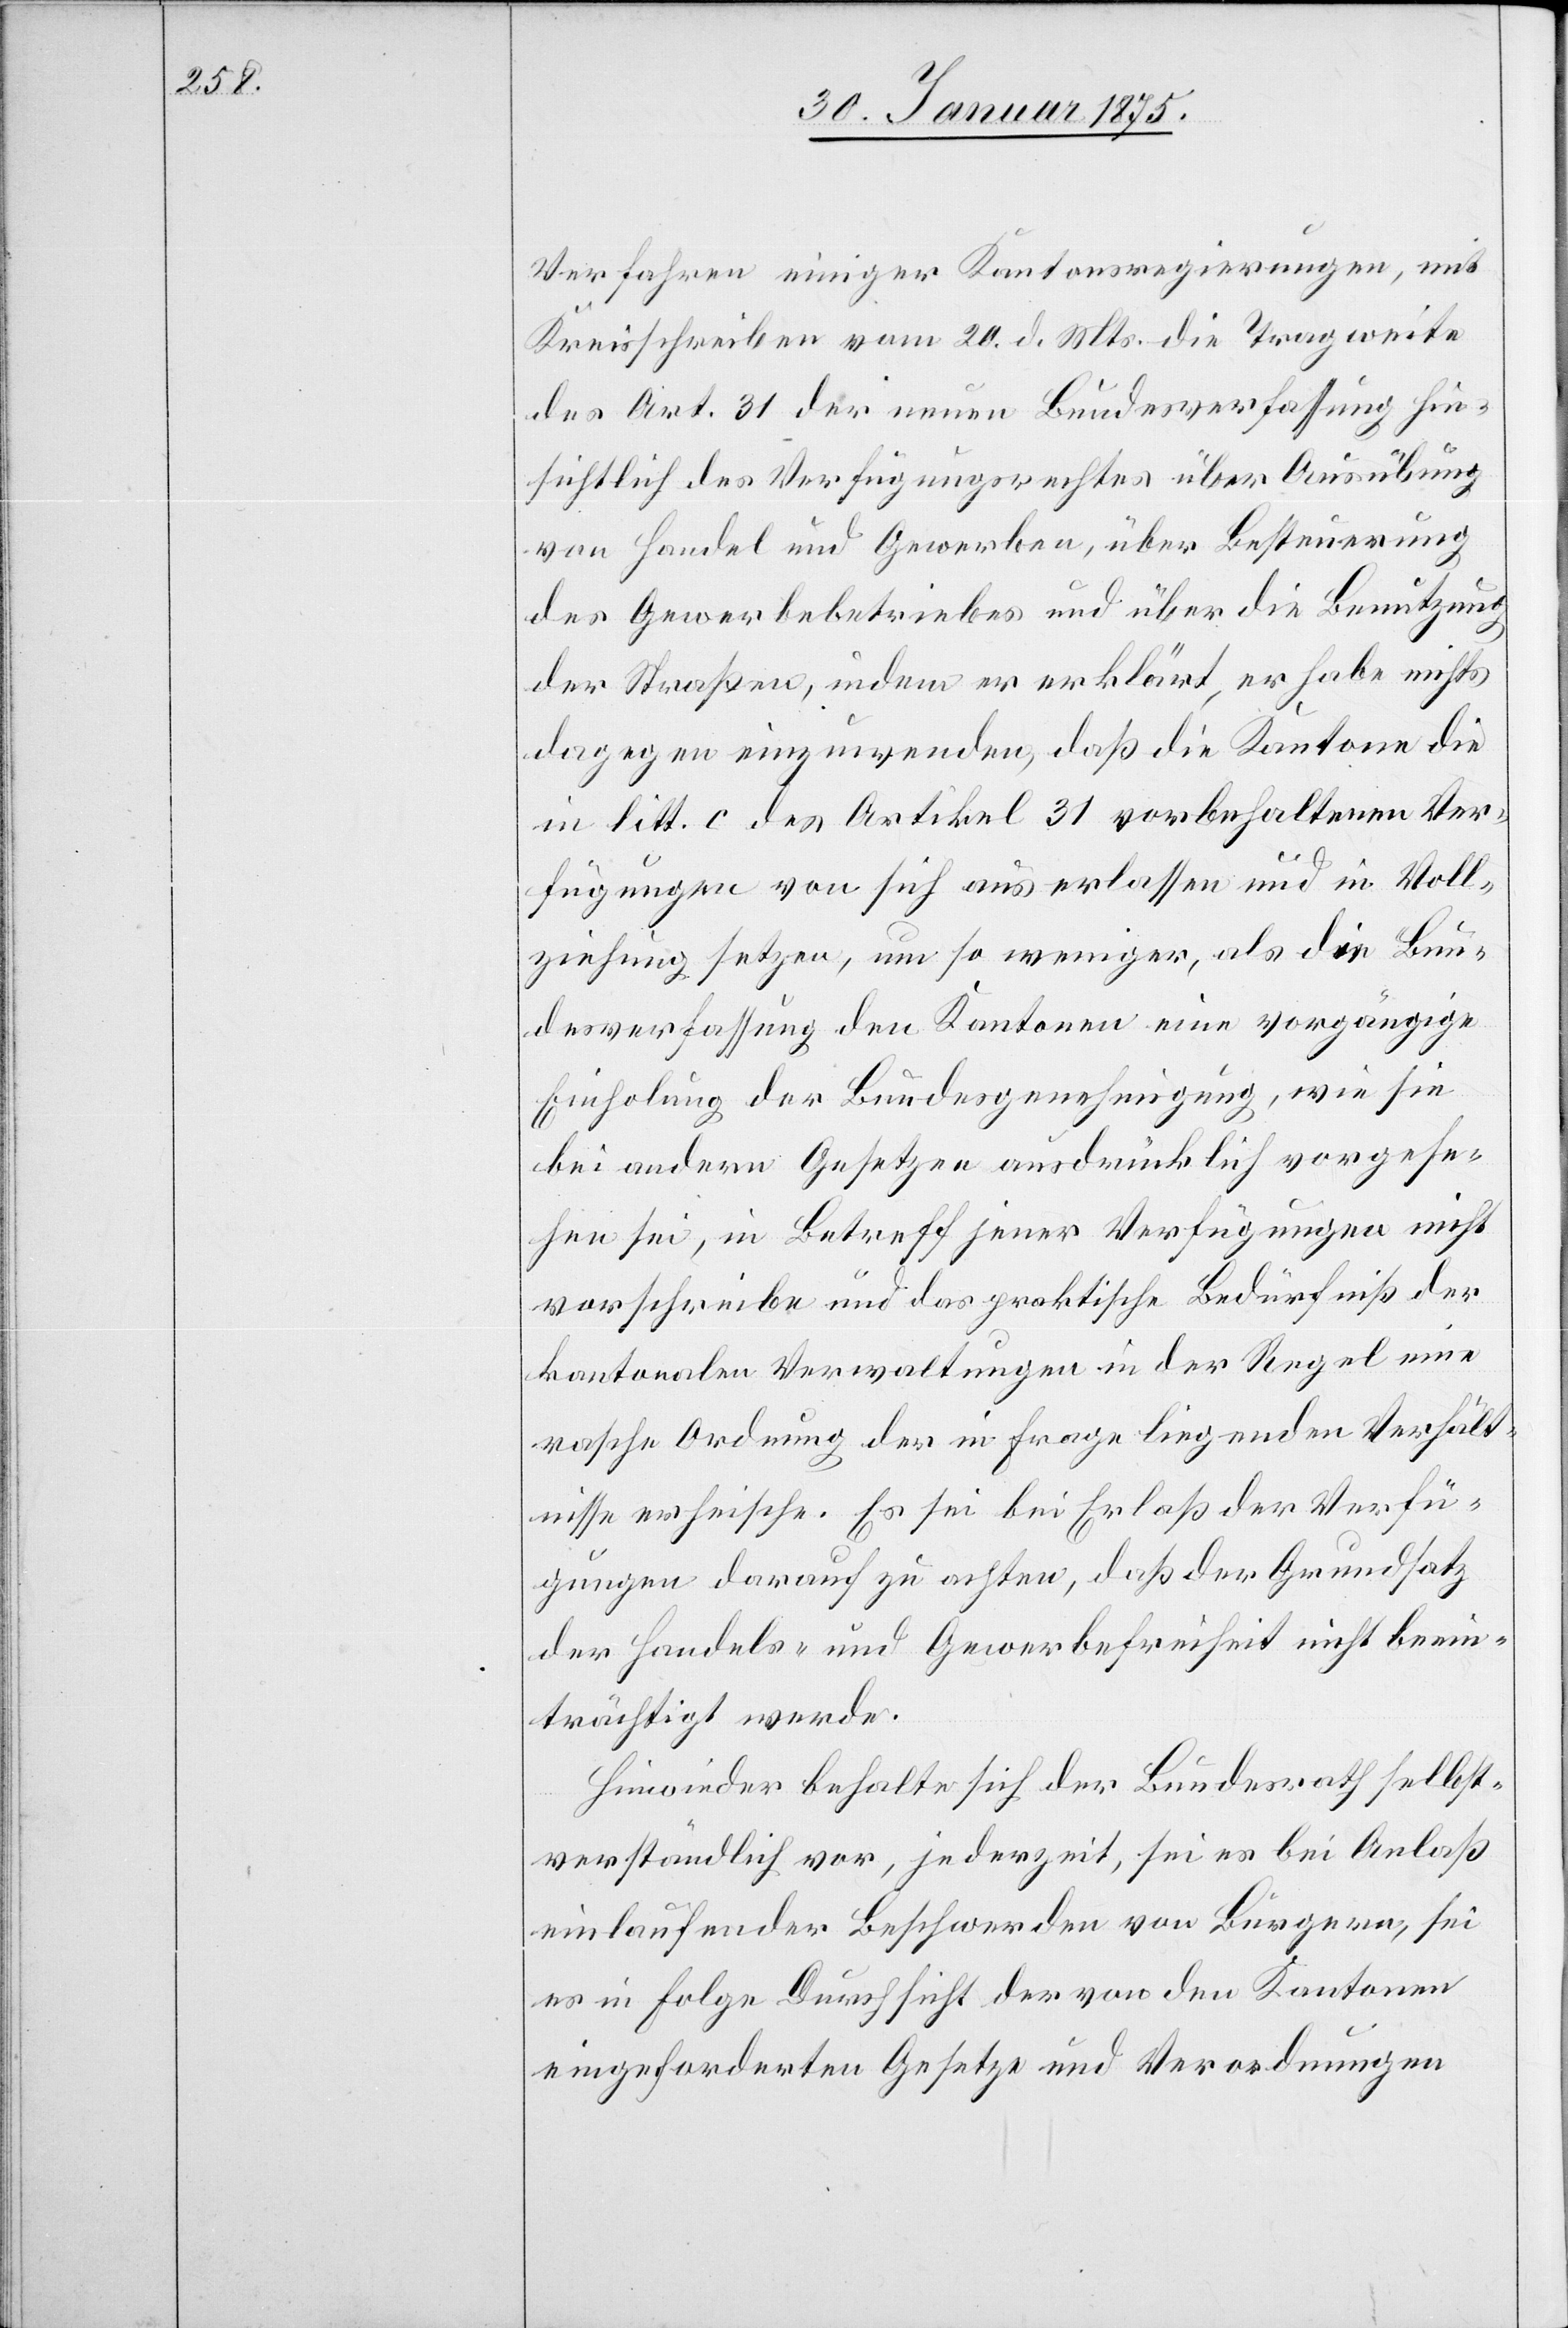
Verfahren einiger Kantonsregierungen, mit
Kreisschreiben vom 20. d. Ms. die Tragweite
des Art. 31 der neuen Bundesverfassung hin¬
sichtlich des Verfügungsrechtes über Ausübung
von Handel und Gewerben, über Besteuerung
des Gewerbebetriebes und über die Benutzung
der Straßen, indem er erklärt, er habe nichts
dagegen einzuwenden, daß die Kantone die
in litt. c. des Artikel 31 vorbehaltenen Ver¬
fügungen von sich aus erlassen und in Voll¬
ziehung setzen, um so weniger, als die Bun¬
desverfassung den Kantonen eine vorgängige
Einholung der Bundesgenehmigung, wie sie
bei andern Gesetzen ausdrücklich vorgese¬
hen sei, in Betreff jener Verfügungen nicht
vorschreibe und das praktische Bedürfniß der
kantonalen Verwaltungen in der Regel eine
rasche Ordnung der in Frage liegenden Verhält¬
nisse erheische. Es sei bei Erlaß der Verfü¬
gungen darauf zu achten, daß der Grundsatz
der Handels- und Gewerbefreiheit nicht beein¬
trächtigt werde.
Hinwieder behalte sich der Bundesrath selbst¬
verständlich vor, jederzeit, sei es bei Anlaß
einlaufender Beschwerden von Bürgern, sei
es in Folge Durchsicht der von den Kantonen
eingeforderten Gesetze und Verordnungen